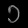
Digit: ၁